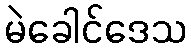
မဲခေါင်ဒေသ